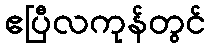
ဧပြီလကုန်တွင်